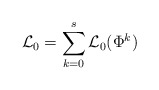
\begin{align*}{\cal L}_0 = \sum_{k=0}^s {\cal L}_0(\Phi^k)\end{align*}